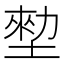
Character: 𡎼